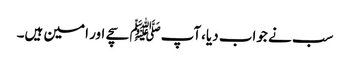
سب نے جواب دیا،آپﷺ سچے اور امین ہیں۔